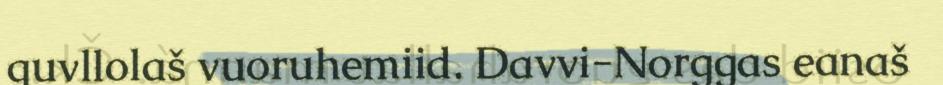
guvllolaš vuoruhemiid. Davvi-Norggas eanaš